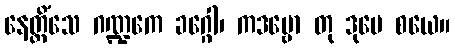
နေတ္တိံသေ ဂဏ္ဍကေ ခဂ္ဂေါ၊ ကဒမ္ဗော တု ဒုမေ စယေ။